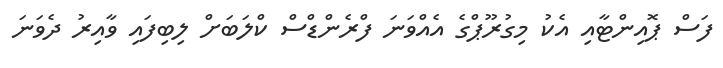
ފަސް ޕޮއިންޓާއި އެކު މިގުރޫޕްގެ އެއްވަނަ ފްރެންޑްސް ކްލަބަށް ލިބިފައި ވާއިރު ދެވަނަ